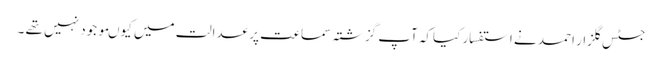
جسٹس گلزار احمد نے استفسار کیاکہ آپ گزشتہ سماعت پر عدالت میں کیوںموجود نہیں تھے ۔